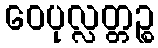
ဝေပုလ္လတ္တဉ္စ